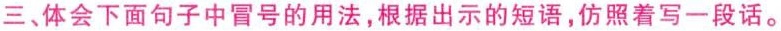
三、体会下面句子中冒号的用法，根据出示的短语，仿照着写一段话。